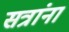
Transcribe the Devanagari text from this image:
सत्रांना